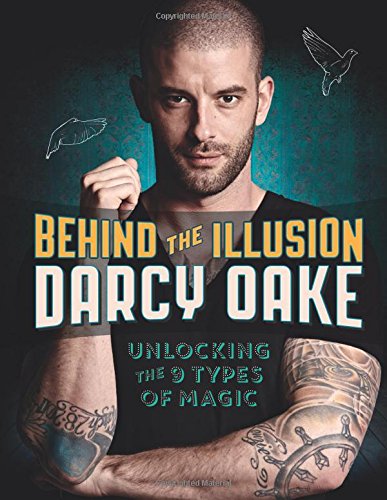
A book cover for Behind the Illusion: Unlocking the 9 Types of Magic; Darcy Oake; Humor & Entertainment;